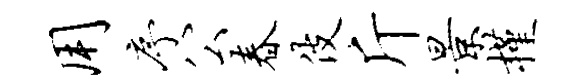
用序公春伎斤景槿